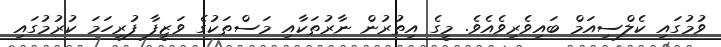
ވުމުގައި ކެލްސިއަމް ބައިވެރިވެއެވެ. މީގެ އިތުރުން ނާރުތަކާއި މަސްތަކުގެ ވަޒީފާ ފުރިހަމަ ކުރުމުގައި